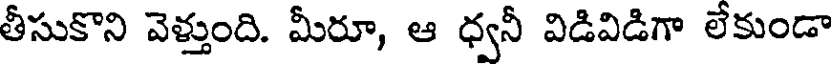
తీసుకొని వెళ్తుంది. మీరూ, ఆ ధ్వనీ విడివిడిగా లేకుండా